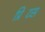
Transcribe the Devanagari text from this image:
प्रिंटिंस